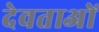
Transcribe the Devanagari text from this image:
देवताअाें